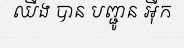
ឈីង បាន បញ្ជូន អ៊ីក